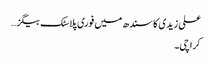
علی زیدی کا سندھ میں فوری پلاسٹک بیگز…
کراچی۔